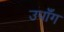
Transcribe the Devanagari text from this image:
उपाँग